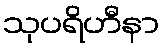
သုပရိဟီနာ